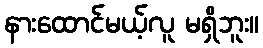
နားထောင်မယ့်လူ မရှိဘူး။